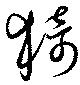
猗